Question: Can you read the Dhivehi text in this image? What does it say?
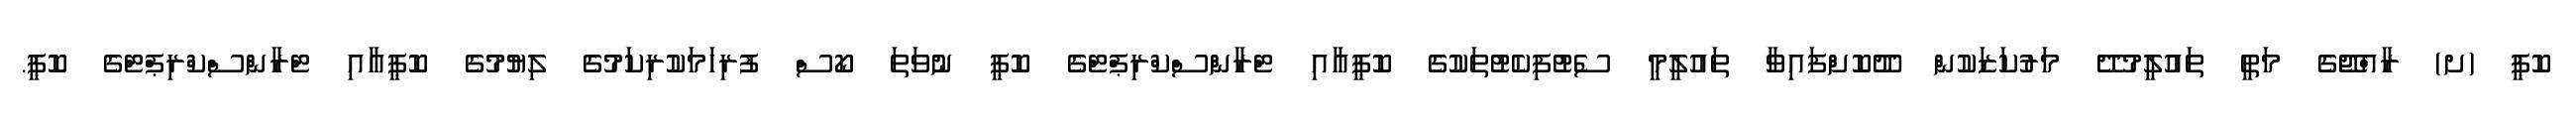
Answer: ކޮޕީ (ށ) ރާއްޖޭގެ މަތީ ތައުލީމުދޭ މަރުކަޒަކުން ދޫކޮށްފައިވާ ތައުލީމީ ސެޓުފިކެޓުތަކުގެ ކޮޕީއާއި ޓްރާންސްކްރިޕްޓްގެ ކޮޕީ ނުވަތަ ކޯސް ފުރިހަމަކުރިކަމުގެ ލިޔުމުގެ ކޮޕީއާއި ޓްރާންސްކްރިޕްޓްގެ ކޮޕީ.